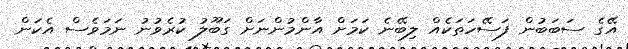
އޭގެ ސަބަބުން ފަސޭހަތަކެއް ލިބޭނެ ކަމަށް އާންމުންނަށް ގަބޫލު ކުރެވުނު ނަމަވެސް އެކަން